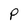
Character: P